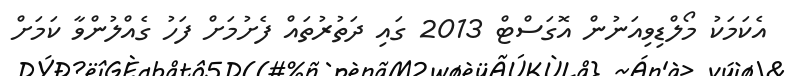
އެކަމަކު މޯލްޑިވިއަނުން އޮގަސްޓް 2013 ގައި ދަތުރުތައް ފެށުމަށް ފަހު ގެއްލުންވާ ކަމަށް